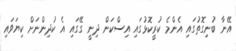
އޭނާ ބުނިގޮތުގައި އެންމެ ކުރީކޮޅުގައި އިސްކަން ދިނީ ގޭގައި އެ ކުދިންނަށް ކިޔަވައި